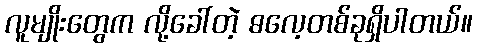
လူမျိုးတွေက လို့ခေါ်တဲ့ ဓလေ့တစ်ခုရှိပါတယ်။